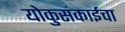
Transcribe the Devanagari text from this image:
योकुसंकाईचा